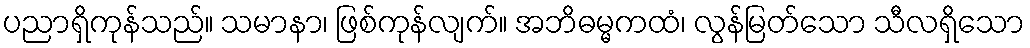
ပညာရှိကုန်သည်။ သမာနာ၊ ဖြစ်ကုန်လျက်။ အဘိဓမ္မကထံ၊ လွန်မြတ်သော သီလရှိသော